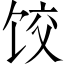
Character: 饺